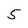
Character: 5